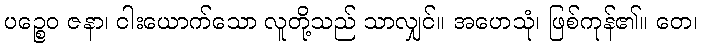
ပဉ္စေဝ ဇနာ၊ ငါးယောက်သော လူတို့သည် သာလျှင်။ အဟေသုံ၊ ဖြစ်ကုန်၏။ တေ၊